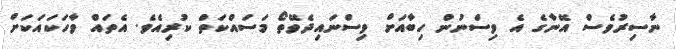
ނާސިރުވެސް އޭނާގެ އެ ވިސްނުން ހިބާއަށް ވިސްނައިދެވޭތޯ މަސައްކަތް ކުރިއެވެ. އެތައް ވާހަކައަކަށް